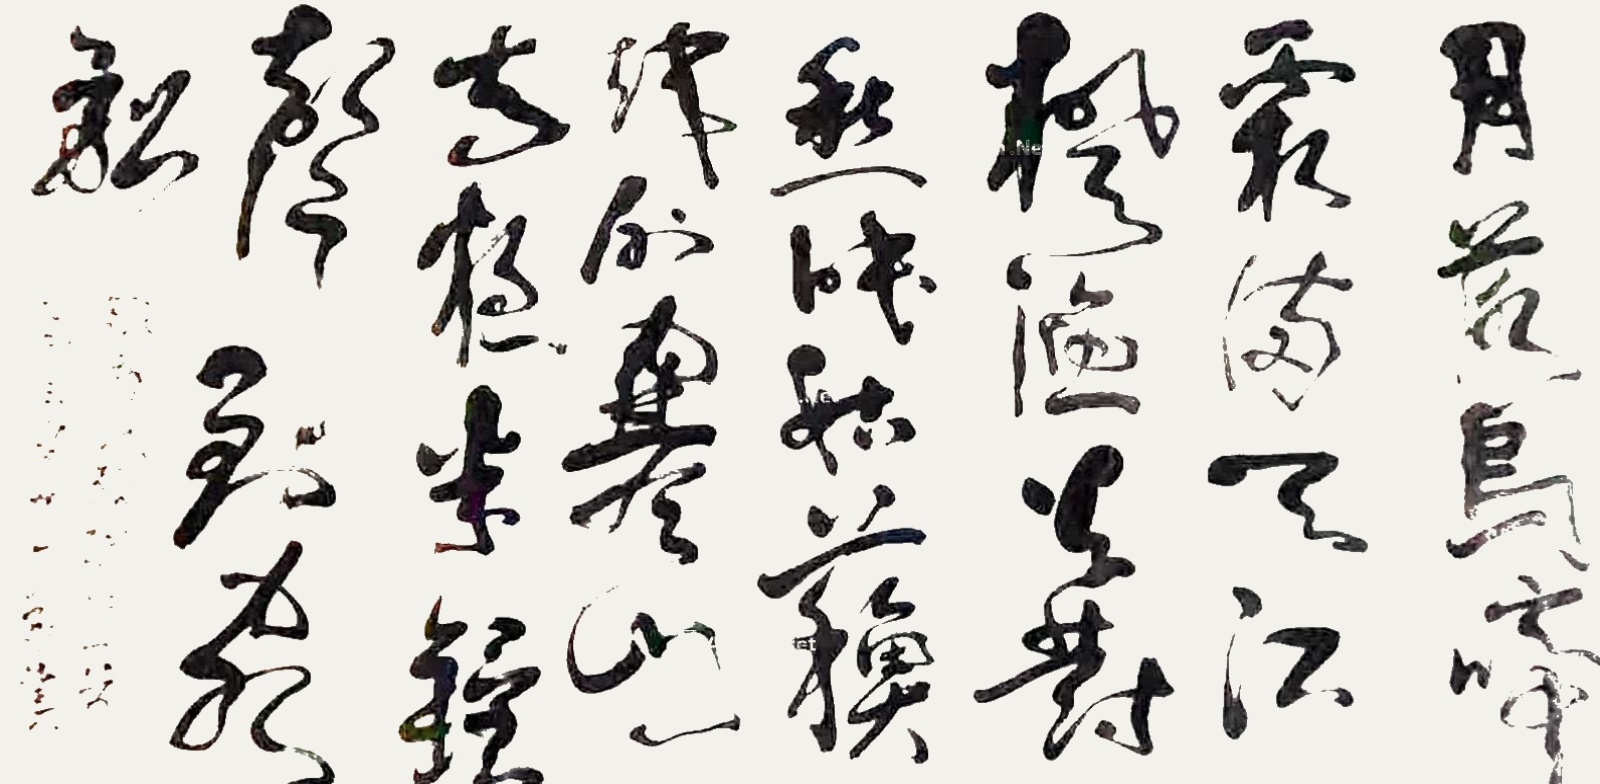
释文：月落乌啼霜满天，江枫渔火对愁眠。姑苏城外寒山寺，夜半钟声到客船。贺天飞